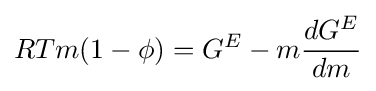
RTm(1-\phi )=G^{E}-m{\frac {dG^{E}}{dm}}